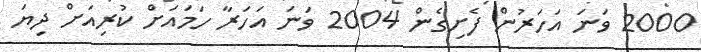
2000 ވަނަ އަހަރުން ފެށިގެން 2004 ވަނަ އަހަރާ ހަމައަށް ކުރިއަށް ދިޔަ